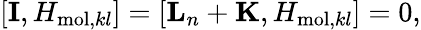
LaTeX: [{\mathbf{I}},H_{\mathrm{mol},kl}]=[{\mathbf{L}}_{n}+{\mathbf{K}},H_{\mathrm{mol},kl}]=0,